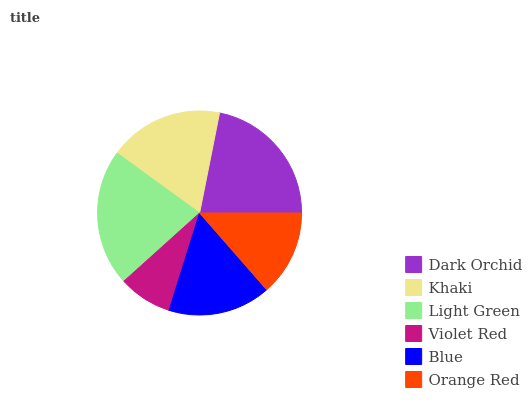
| Dark Orchid | Khaki | Light Green | Violet Red | Blue | Orange Red |
 | --- | --- | --- | --- | --- | --- |
 | 21.8% | 18.2% | 21.7% | 8.52% | 16.2% | 13.6% |